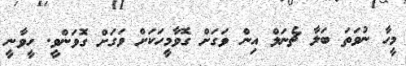
މީހާ ނުވަތަ ބަލާ ޗެނަލް އިން ވަގަށް ގޮވާމީހަކަށް ވަގަށް ގޮވަންވީ. ހީވާނީ